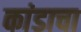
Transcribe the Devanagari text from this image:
कांडाचा